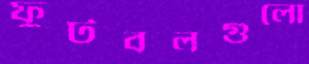
ফুটবলগুলো